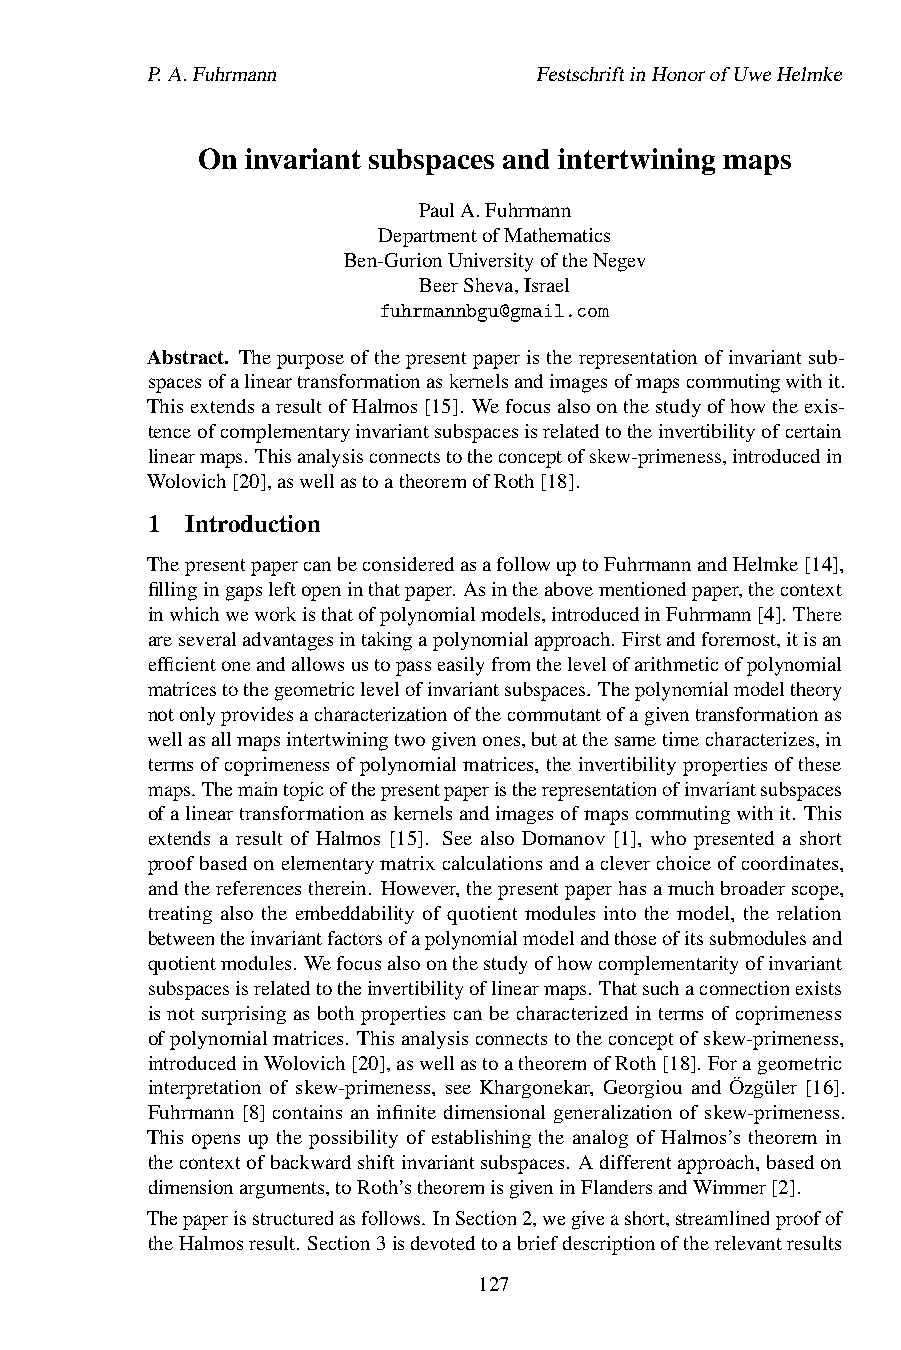
P.A.Fuhrmann              FestschriftinHonorofUweHelmke
 On invariant subspaces and intertwining maps
 PaulA.Fuhrmann
 DepartmentofMathematics
 Ben-GurionUniversityoftheNegev
 BeerSheva,Israel
 fuhrmannbgu@gmail.com
 Abstract. Thepurposeofthepresentpaperistherepresentationofinvariantsub-
 spacesofalineartransformationaskernelsandimagesofmapscommutingwithit.
 ThisextendsaresultofHalmos[15]. Wefocusalsoonthestudyofhowtheexis-
 tenceofcomplementaryinvariantsubspacesisrelatedtotheinvertibilityofcertain
 linearmaps. Thisanalysisconnectstotheconceptofskew-primeness,introducedin
 Wolovich[20],aswellastoatheoremofRoth[18].
 1 Introduction
 ThepresentpapercanbeconsideredasafollowuptoFuhrmannandHelmke[14],
 fillingingapsleftopeninthatpaper. Asintheabovementionedpaper,thecontext
 inwhichweworkisthatofpolynomialmodels,introducedinFuhrmann[4]. There
 areseveraladvantagesintakingapolynomialapproach. Firstandforemost,itisan
 efficientoneandallowsustopasseasilyfromthelevelofarithmeticofpolynomial
 matricestothegeometriclevelofinvariantsubspaces. Thepolynomialmodeltheory
 notonlyprovidesacharacterizationofthecommutantofagiventransformationas
 wellasallmapsintertwiningtwogivenones,butatthesametimecharacterizes,in
 termsofcoprimenessofpolynomialmatrices, theinvertibilitypropertiesofthese
 maps. Themaintopicofthepresentpaperistherepresentationofinvariantsubspaces
 ofalineartransformationaskernelsandimagesofmapscommutingwithit. This
 extends a result of Halmos [15]. See also Domanov [1], who presented a short
 proofbasedonelementarymatrixcalculationsandacleverchoiceofcoordinates,
 andthereferencestherein. However,thepresentpaperhasamuchbroaderscope,
 treating also the embeddability of quotient modules into the model, the relation
 betweentheinvariantfactorsofapolynomialmodelandthoseofitssubmodulesand
 quotientmodules. Wefocusalsoonthestudyofhowcomplementarityofinvariant
 subspacesisrelatedtotheinvertibilityoflinearmaps. Thatsuchaconnectionexists
 is not surprising as both properties can be characterized in terms of coprimeness
 ofpolynomialmatrices. Thisanalysisconnectstotheconceptofskew-primeness,
 introducedinWolovich[20],aswellastoatheoremofRoth[18]. Forageometric
 interpretation of skew-primeness, see Khargonekar, Georgiou and Özgüler [16].
 Fuhrmann [8] contains an infinite dimensional generalization of skew-primeness.
 This opens up the possibility of establishing the analog of Halmos’s theorem in
 thecontextofbackwardshiftinvariantsubspaces. Adifferentapproach,basedon
 dimensionarguments,toRoth’stheoremisgiveninFlandersandWimmer[2].
 Thepaperisstructuredasfollows. InSection2,wegiveashort,streamlinedproofof
 theHalmosresult. Section3isdevotedtoabriefdescriptionoftherelevantresults
 127